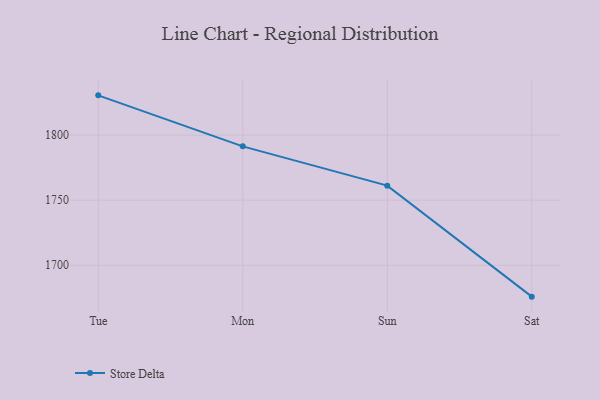
{"axis": {"x": "Day", "y": "Humidity (%)"}, "legend": ["Store Delta"], "data": [{"x": "Tue", "y": 1830.6, "type": "Store Delta"}, {"x": "Mon", "y": 1791.4, "type": "Store Delta"}, {"x": "Sun", "y": 1761.2, "type": "Store Delta"}, {"x": "Sat", "y": 1675.9, "type": "Store Delta"}]}